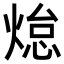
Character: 𭵟